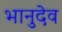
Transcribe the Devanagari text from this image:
भानुदेव